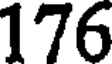
176